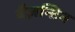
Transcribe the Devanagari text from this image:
बैज़न्तिन